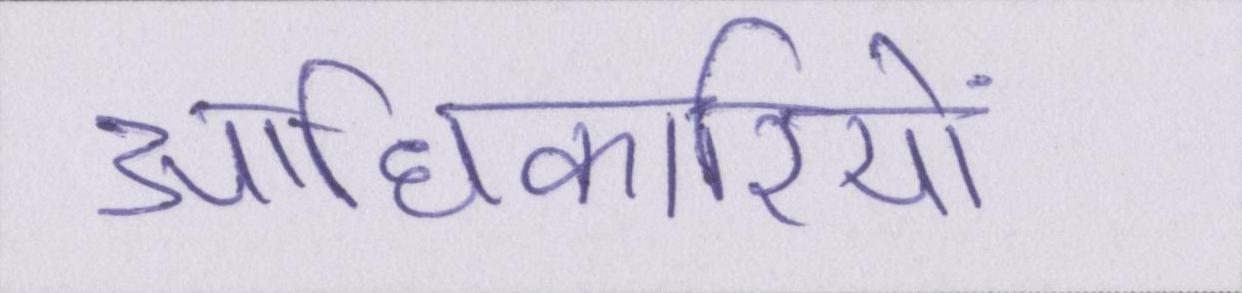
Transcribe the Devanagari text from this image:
आधिकारियों